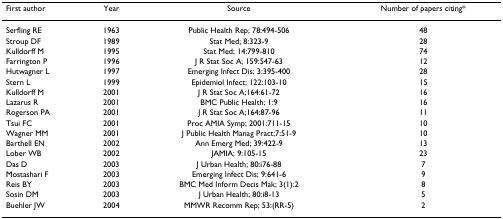
<table><thead><tr><td><b>First author</b></td><td><b>Year</b></td><td><b>Source</b></td><td><b>Number of papers citing*</b></td></tr></thead><tbody><tr><td>Serfling RE</td><td>1963</td><td>Public Health Rep; 78:494-506</td><td>48</td></tr><tr><td>Stroup DF</td><td>1989</td><td>Stat Med; 8:323-9</td><td>28</td></tr><tr><td>Kulldorff M</td><td>1995</td><td>Stat Med; 14:799-810</td><td>74</td></tr><tr><td>Farrington P</td><td>1996</td><td>J R Stat Soc A; 159:547-63</td><td>12</td></tr><tr><td>Hutwagner L</td><td>1997</td><td>Emerging Infect Dis; 3:395-400</td><td>28</td></tr><tr><td>Stern L</td><td>1999</td><td>Epidemiol Infect; 122:103-10</td><td>15</td></tr><tr><td>Kulldorff M</td><td>2001</td><td>J R Stat Soc A;164:61-72</td><td>16</td></tr><tr><td>Lazarus R</td><td>2001</td><td>BMC Public Health; 1:9</td><td>16</td></tr><tr><td>Rogerson PA</td><td>2001</td><td>J R Stat Soc A;164:87-96</td><td>11</td></tr><tr><td>Tsui FC</td><td>2001</td><td>Proc AMIA Symp; 2001:711-15</td><td>10</td></tr><tr><td>Wagner MM</td><td>2001</td><td>J Public Health Manag Pract;7:51-9</td><td>10</td></tr><tr><td>Barthell EN</td><td>2002</td><td>Ann Emerg Med; 39:422-9</td><td>13</td></tr><tr><td>Lober WB</td><td>2002</td><td>JAMIA; 9:105-15</td><td>23</td></tr><tr><td>Das D</td><td>2003</td><td>J Urban Health; 80:i76-88</td><td>7</td></tr><tr><td>Mostashari F</td><td>2003</td><td>Emerging Infect Dis; 9:641-6</td><td>9</td></tr><tr><td>Reis BY</td><td>2003</td><td>BMC Med Inform Decis Mak; 3(1):2</td><td>8</td></tr><tr><td>Sosin DM</td><td>2003</td><td>J Urban Health; 80:i8-13</td><td>5</td></tr><tr><td>Buehler JW</td><td>2004</td><td>MMWR Recomm Rep; 53:(RR-5)</td><td>2</td></tr></tbody></table>